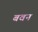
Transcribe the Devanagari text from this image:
बवन